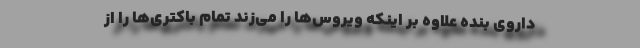
داروی بنده علاوه بر اینکه ویروس‌ها را می‌زند تمام باکتری‌ها را از